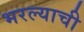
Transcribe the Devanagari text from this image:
भरल्याची